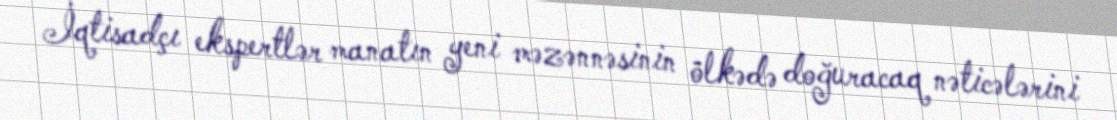
İqtisadçı ekspertlər manatın yeni məzənnəsinin ölkədə doğuracaq nəticələrini